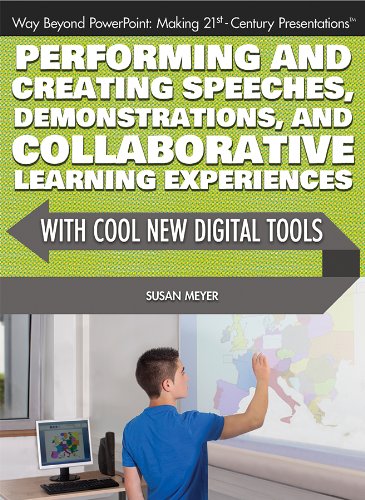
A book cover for Performing and Creating Speeches, Demonstrations, and Collaborative Learning Experiences with Cool New Digital Tools (Way Beyond PowerPoint: Making 21st Century Presentations); Susan Meyer; Teen & Young Adult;